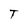
Character: T